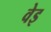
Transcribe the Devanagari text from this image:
वेइ